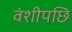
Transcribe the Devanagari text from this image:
वंशीपछि